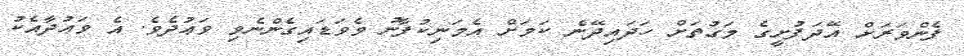
ފެންވަރަށް އޭދަފުށީގެ މަގުތަށް ހަދައިދޭނެ ކަމަށް އެމަނިކުފާނު ވެވަޑައިގެންނެވި ވަޢުދެވެ. އެ ވަޢުދާއެކު